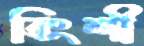
বিংশী